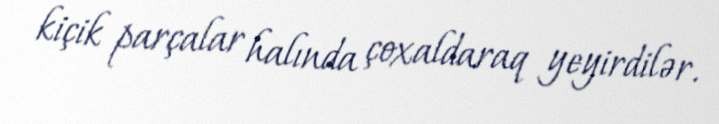
kiçik parçalar halında çoxaldaraq yeyirdilər.